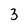
Character: 3